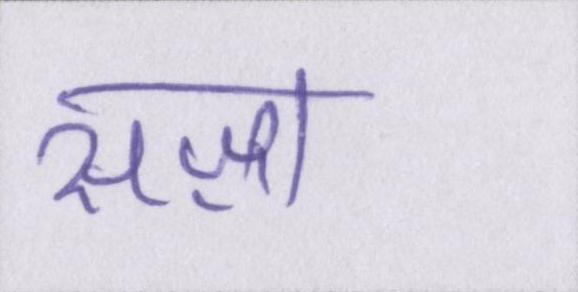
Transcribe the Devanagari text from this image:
सज़ा